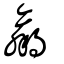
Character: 羸